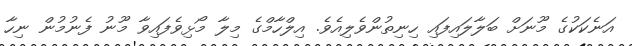
އަނެކަކުގެ މޫނަށް ބަލާލައިފައި ހިނިތުންވެލިއެވެ. އިލްހާމްގެ މިލާ މޯޅިވެފައިވާ މޫނު ފެނުމުން ނިހާ